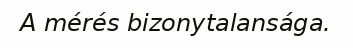
A mérés bizonytalansága.